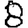
Digit: 8